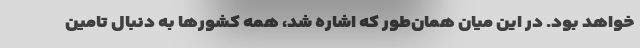
خواهد بود. در این میان همان‌طور که اشاره شد، همه کشورها به دنبال تامین